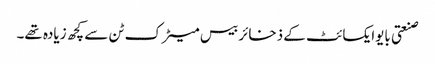
صنعتی بایوایکسائٹ کے ذخائر بیس میٹرک ٹن سے کچھ زیادہ تھے۔